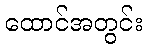
ထောင်အတွင်း